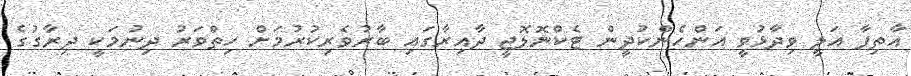
އާތިފާ އަލީ ވިދާޅުވީ އަންހެންކުދީން ޓެކްނޮލޮޖީ ދާއިރާގައި ބާރުވެރިކުރުމަށް ހިތްވަރު ދިނުމަކީ ދިރާގުގެ